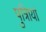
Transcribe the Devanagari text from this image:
पुत्रिायां